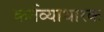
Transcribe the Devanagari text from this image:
कर्तव्याधारक